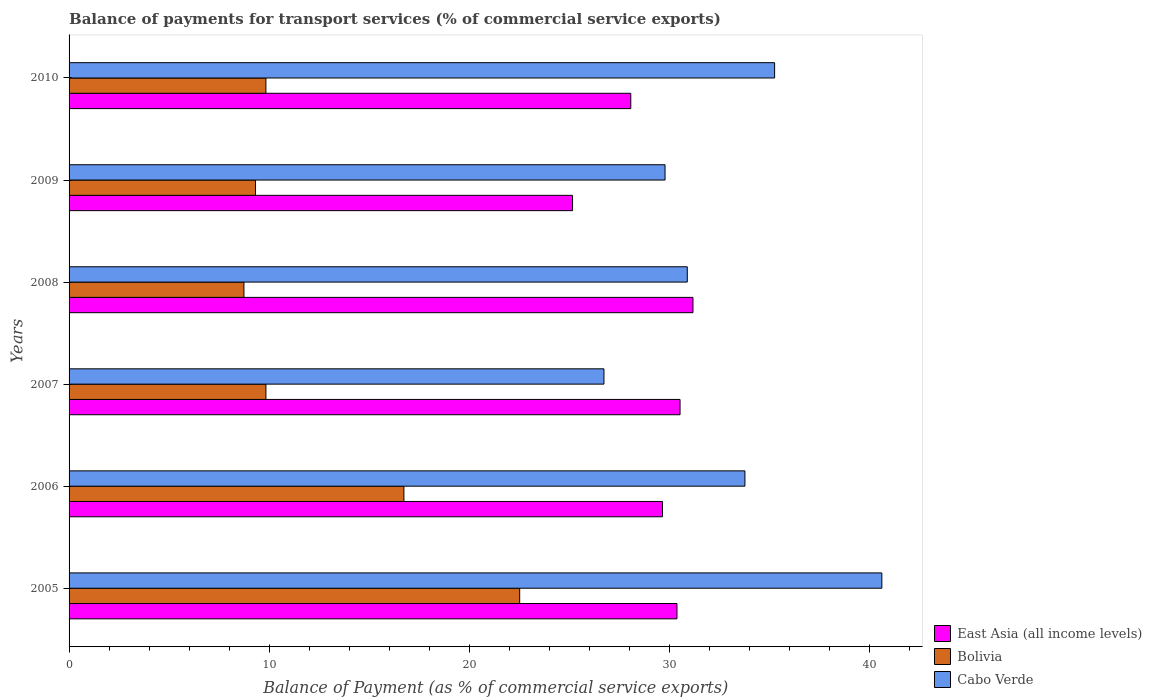
| Years | East Asia (all income levels) | Bolivia | Cabo Verde |
 | --- | --- | --- | --- |
 | 2005 | 30.4 | 22.5 | 40.6 |
 | 2006 | 29.7 | 16.7 | 33.8 |
 | 2007 | 30.5 | 9.84 | 26.7 |
 | 2008 | 31.2 | 8.74 | 30.9 |
 | 2009 | 25.2 | 9.32 | 29.8 |
 | 2010 | 28.1 | 9.84 | 35.3 |